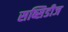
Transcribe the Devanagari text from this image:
सब्सिडीज